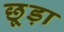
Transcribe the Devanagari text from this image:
छूड़ा